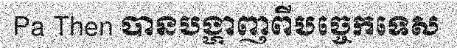
Pa Then បានបង្ហាញពីបច្ចេកទេស